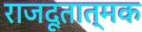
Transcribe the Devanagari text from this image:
राजदूतात्मक